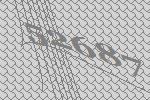
52687